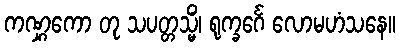
ကဏ္ဋကော တု သပတ္တသ္မိံ၊ ရုက္ခင်္ဂေ လောမဟံသနေ။